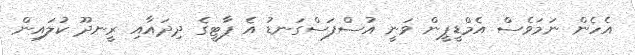
އެހެން ނަމަވެސް އެމްޑީޕީން ވަނީ އުސްފަސްގަނޑު އެ ޕާޓީގެ ދިދައާއި ރީނދޫ ކުލައިން